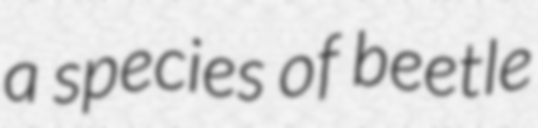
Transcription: a species of beetle